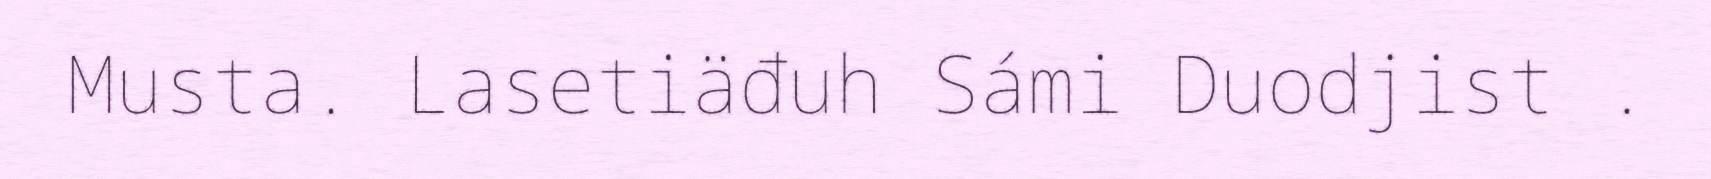
Musta. Lasetiäđuh Sámi Duodjist .